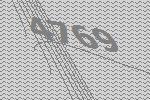
4769